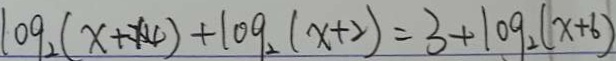
\log _ { 2 } ( x + 1 4 ) + \log _ { 2 } ( x + 2 ) = 3 + \log _ { 2 } ( x + 6 )